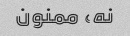
نه، ممنون